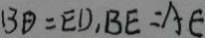
B D = E D , B E = A E